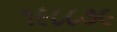
૧૯૮૮૭૯